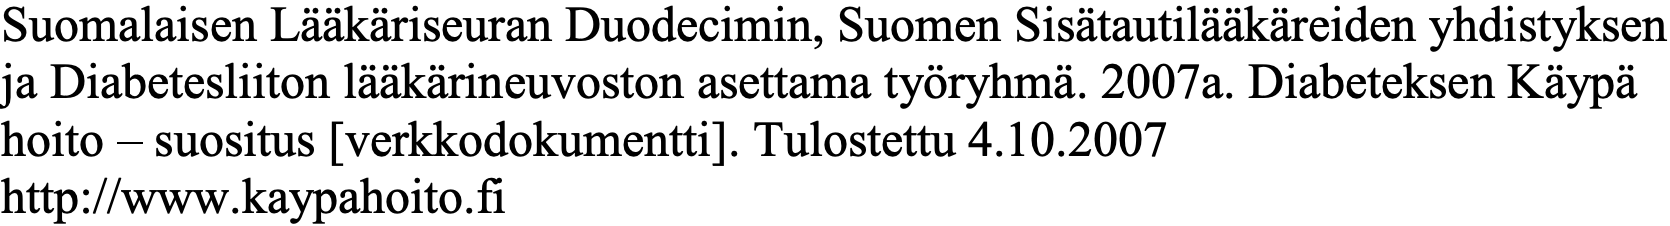
Suomalaisen Lääkäriseuran Duodecimin, Suomen Sisätautilääkäreiden yhdistyksen ja Diabetesliiton lääkärineuvoston asettama työryhmä. 2007a. Diabeteksen Käypä hoito – suositus [verkkodokumentti]. Tulostettu 4.10.2007 http://www.kaypahoito.fi